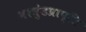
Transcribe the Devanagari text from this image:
नरमुंडप्राप्ति